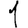
Digit: 1